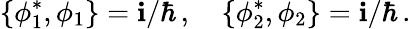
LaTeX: \{ \phi_{1}^{*},\phi_{1}\} =\mathbf{i}/\hbar\, ,~~~~\{ \phi_{2}^{*},\phi_{2}\} =\mathbf{i}/\hbar\, .